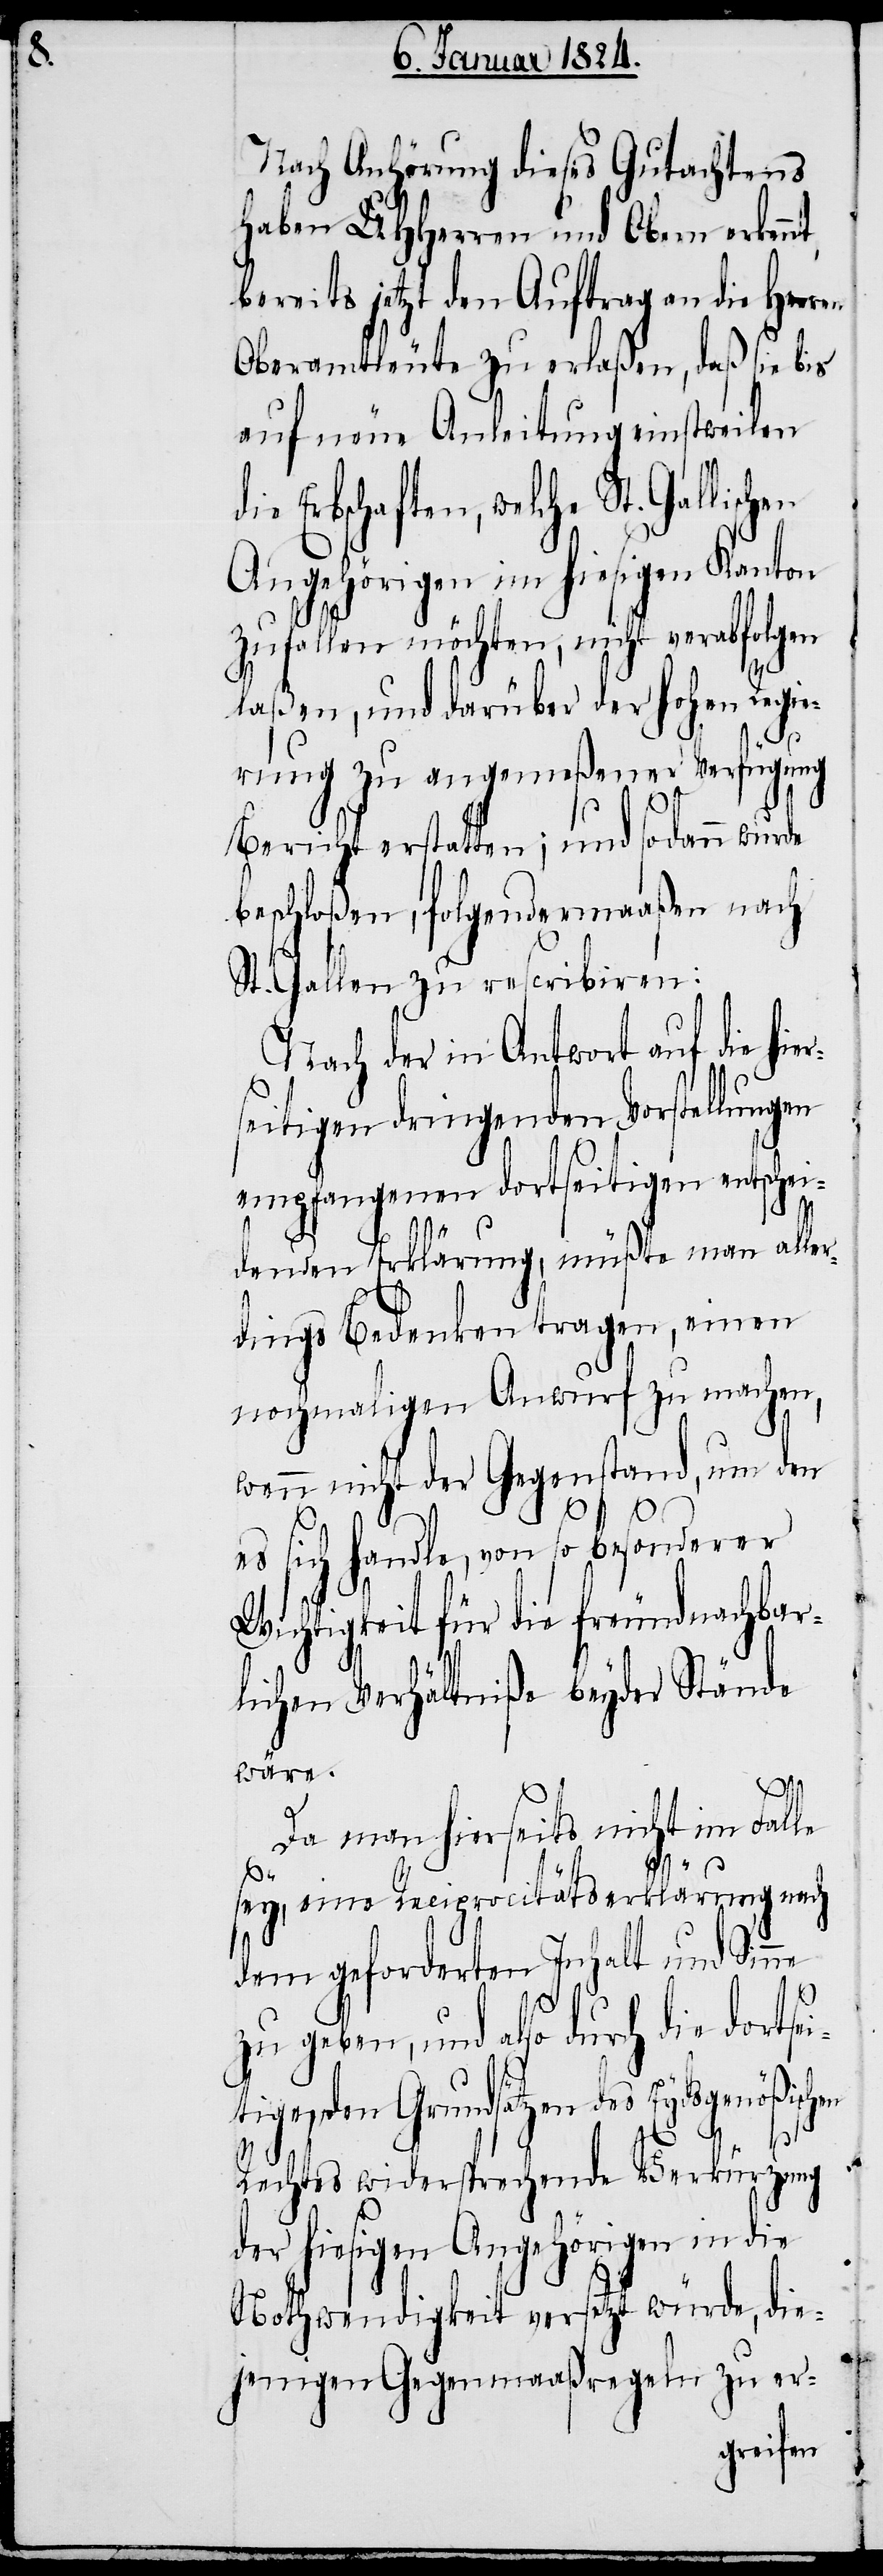
r¬

Nach Anhörung dieses Gutachtens
haben UHHerren und Obern erken¬
bereits jetzt den Auftrag an die Herr¬
Oberamtleute zu erlaßen, daß sie bis
auf neue Anleitung einstweilen
dortseitigen entsche¬
Angehörigen im hiesigen Kanton
zufallen möchten, nicht verabfolgen
laßen, und darüber der hohen Regie¬
die
rung zu angemeßener Verfügung
Bericht erstatten; und sodann wurde
beschloßen, folgendermaaßen nach
St. Gallen zu rescribiren:
Nach der in Antwort auf die hie¬
seitigen dringenden Vorstellungen
idenden Erklärung, müßte man aller¬
dings Bedenken tragen, einen
nochmaligen Anwurf zu machen,
wenn nicht der Gegenstand, um den
es sich handle, von so besonderer
Wichtigkeit für die freundnachbar¬
lichen Verhältniße beyder Stände
wäre.
Da man hierseits nicht im Falle
sey, eine Reciprocitätserklärung nach
dem geforderten Inhalt und Sinne
zu geben, und also durch die dortsei¬
tigen, den Grundsätzen des Eydsgenößischen
en
Rechtes widersprechende Verkürzung
der hiesigen Angehörigen in die
Nothwendigkeit versetzt würde, die¬
jenigen Gegenmaaßregeln zu er-